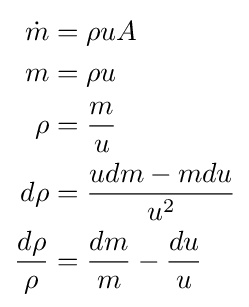
{\begin{aligned}{\dot {m}}&=\rho uA\\m&=\rho u\\\rho &={\frac {m}{u}}\\d\rho &={\frac {udm-mdu}{u^{2}}}\\{\frac {d\rho }{\rho }}&={\frac {dm}{m}}-{\frac {du}{u}}\end{aligned}}